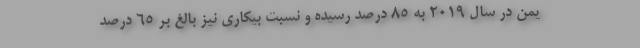
یمن در سال ۲۰۱۹ به ۸۵ درصد رسیده و نسبت بیکاری نیز بالغ بر ۶۵ درصد